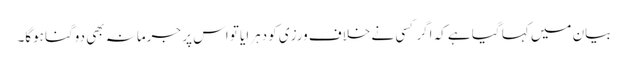
بیان میں کہا گیا ہے کہ اگر کسی نے خلاف ورزی کو دہرایا تو اس پر جرمانہ بھی دوگنا ہوگا۔